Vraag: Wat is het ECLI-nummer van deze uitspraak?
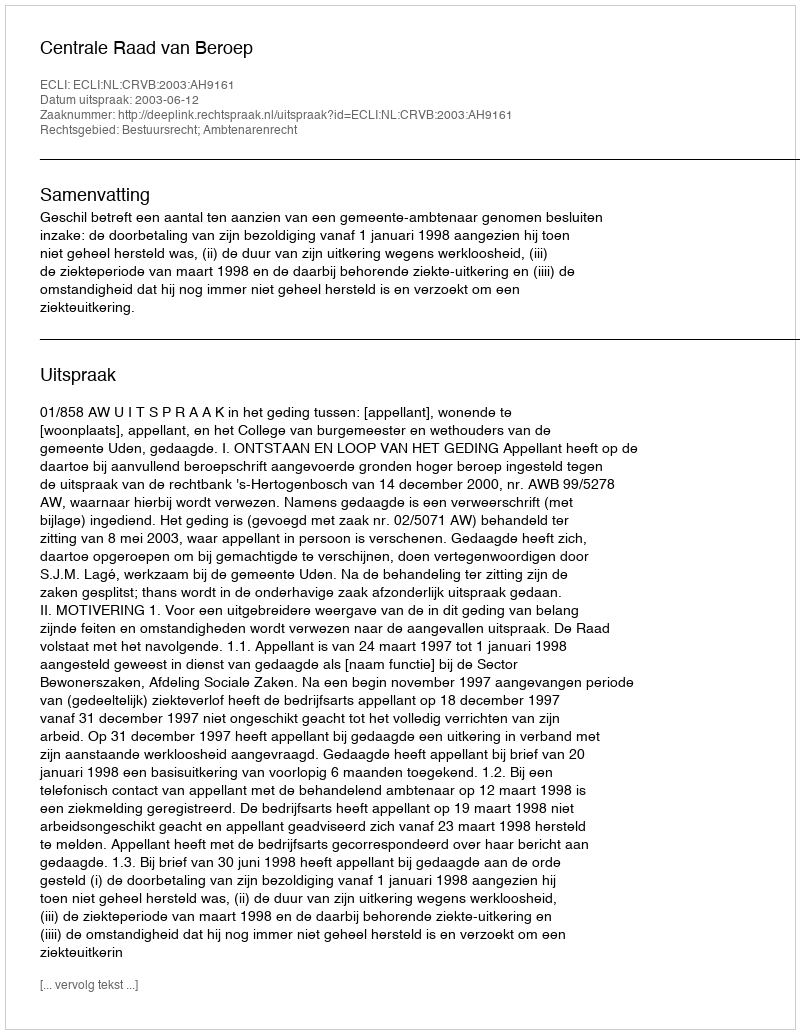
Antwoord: ECLI:NL:CRVB:2003:AH9161